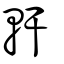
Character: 軒